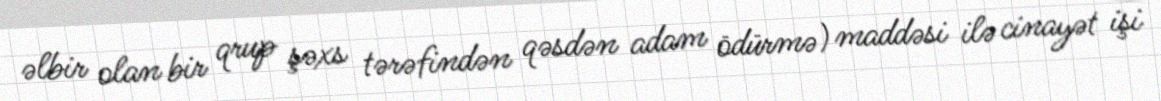
əlbir olan bir qrup şəxs tərəfindən qəsdən adam ödürmə) maddəsi ilə cinayət işi